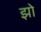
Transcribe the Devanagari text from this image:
झो